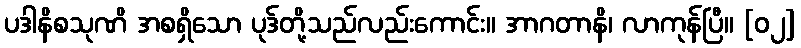
ပဒါနိစသုဏိ အစရှိသော ပုဒ်တို့သည်လည်းကောင်း။ အာဂတာနိ၊ လာကုန်ပြီ။ [၀၂]